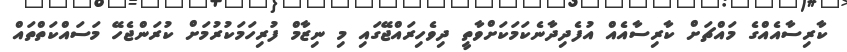
ކާރިސާއެއްގެ މައްޗަށް ކާރިސާއެއް އުފެދިދާނެކަމަކަށްވާތީ ދިވެހިރައްޖޭގައި މި ނިޒާމް ފުރިހަމަކުރުމަށް ކުރަންޖެހޭ މަސައްކަތްތައް